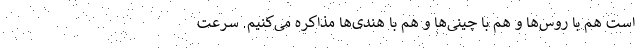
است هم با روس‌ها و هم با چینی‌ها و هم با هندی‌ها مذاکره می‌کنیم. سرعت